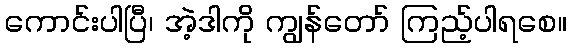
ကောင်းပါပြီ၊ အဲ့ဒါကို ကျွန်တော် ကြည့်ပါရစေ။